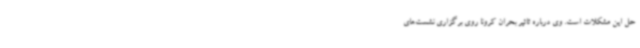
حل این مشکلات است. وی درباره تاثیر بحران کرونا روی برگزاری نشست‌های